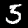
Digit: 5